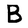
Character: B